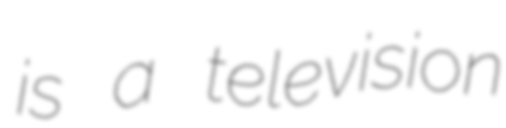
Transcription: is a television